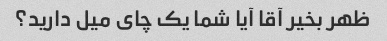
ظهر بخیر آقا آیا شما یک چای میل دارید؟